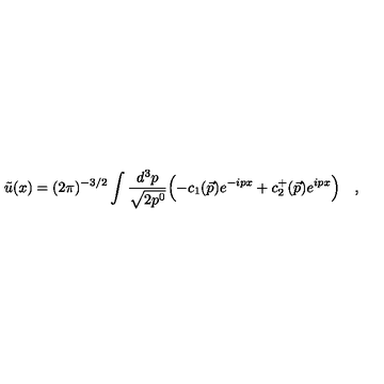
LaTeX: \tilde { u } ( x ) = ( 2 \pi ) ^ { - 3 / 2 } \int \frac { d ^ { 3 } p } { \sqrt { 2 p ^ { 0 } } } \Bigl ( - c _ { 1 } ( \vec { p } ) e ^ { - i p x } + c _ { 2 } ^ { + } ( \vec { p } ) e ^ { i p x } \Bigl ) \quad ,